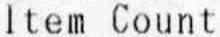
ITEM COUNT